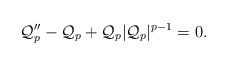
LaTeX: \begin{align*}\mathcal{Q}_p''-\mathcal{Q}_p+\mathcal{Q}_p|\mathcal{Q}_p|^{p-1}=0.\end{align*}